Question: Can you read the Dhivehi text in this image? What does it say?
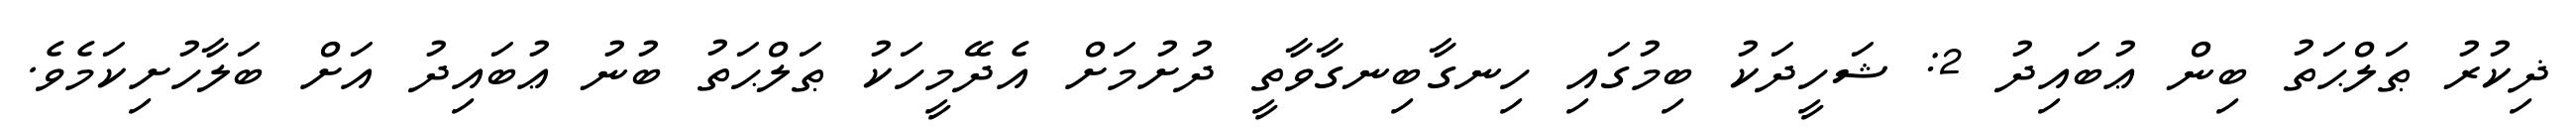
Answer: ޛިކުރު ޠަލްޙަތު ބިން ޢުބައިދު 2: ޝަހީދަކު ބިމުގައި ހިނގާބިނގާވާތީ ދުށުމަށް އެދޭމީހަކު ޠަލްޙަތު ބުނު ޢުބައިދު އަށް ބަލާހުށިކަމެވެ.